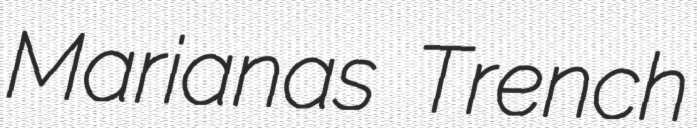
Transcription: Marianas Trench